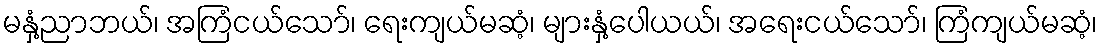
မနှံ့ညာဘယ်၊ အကြံငယ်သော်၊ ရေးကျယ်မဆံ့၊ များနှံ့ပေါယယ်၊ အရေးငယ်သော်၊ ကြံကျယ်မဆံ့၊